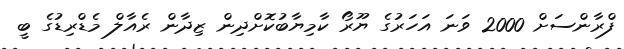
ފްރާންސަށް 2000 ވަނަ އަހަރުގެ ޔޫރޯ ކާމިޔާބުކޮށްދިން ޒިދާން ރެއާލް މެޑްރިޑުގެ ބީ